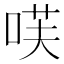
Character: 𭈏